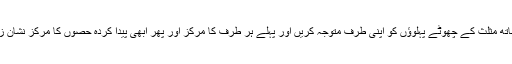
Now. اب پینسل کے ساتھ مثلث کے چھوٹے پہلوؤں کو اپنی طرف متوجہ کریں اور پہلے ہر طرف کا مرکز اور پھر ابھی پیدا کردہ حصوں کا مرکز نشان زد کریں۔